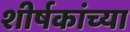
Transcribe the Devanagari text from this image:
शीर्षकांच्या